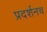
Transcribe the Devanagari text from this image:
प्रदर्शनच